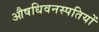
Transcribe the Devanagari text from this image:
औषधिवनस्पतियों